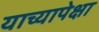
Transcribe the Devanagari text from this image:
याच्यापेक्षा